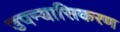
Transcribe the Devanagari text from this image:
उपन्यासिकरण